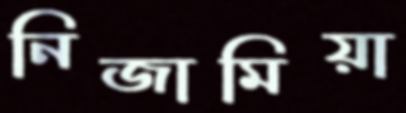
নিজামিয়া